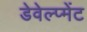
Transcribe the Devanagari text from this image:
डेवेल्प्मेंट